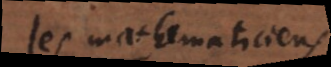
les mathematiciens